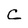
Character: C